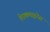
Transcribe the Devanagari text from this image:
हेराक्लाइटेस